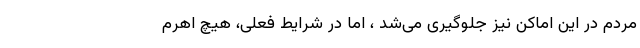
مردم در این اماکن نیز جلوگیری می‌شد ، اما در شرایط فعلی، هیچ اهرم